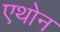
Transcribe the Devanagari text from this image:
एथोन